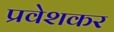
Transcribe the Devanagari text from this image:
प्रवेशकर